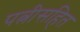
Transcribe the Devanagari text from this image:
पत्नीसहित